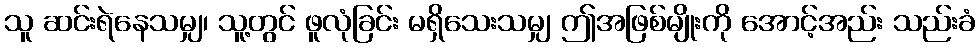
သူ ဆင်းရဲနေသမျှ၊ သူ့တွင် ဖူလုံခြင်း မရှိသေးသမျှ ဤအဖြစ်မျိုးကို အောင့်အည်း သည်းခံ